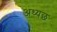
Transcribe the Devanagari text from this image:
अध्यछ